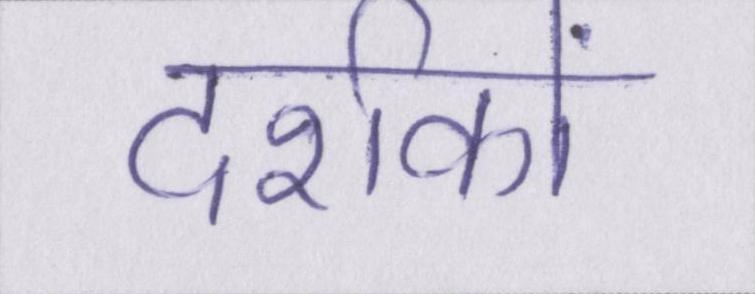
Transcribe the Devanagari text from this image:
दर्शकों